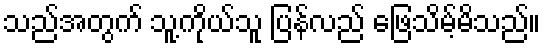
သည်အတွက် သူ့ကိုယ်သူ ပြန်လည် ဖြေသိမ့်မိသည်။